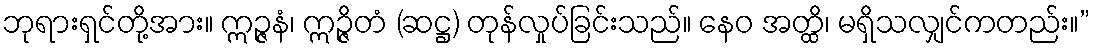
ဘုရားရှင်တို့အား။ ဣဉ္ဇနံ၊ ဣဉ္ဇိတံ (ဆဋ္ဌ) တုန်လှုပ်ခြင်းသည်။ နေဝ အတ္ထိ၊ မရှိသလျှင်ကတည်း။”